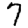
Digit: 7